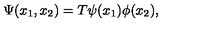
\Psi ( x _ { 1 } , x _ { 2 } ) = T \psi ( x _ { 1 } ) \phi ( x _ { 2 } ) ,